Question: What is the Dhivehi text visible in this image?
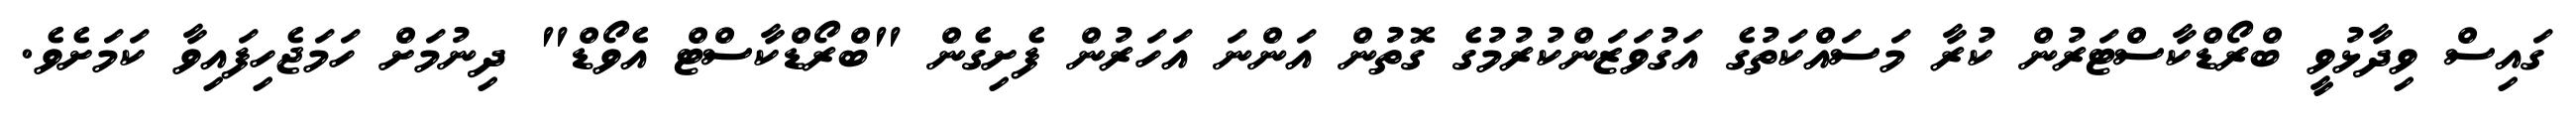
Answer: ގައިސް ވިދާޅުވީ ބްރޯޑްކާސްޓަރުން ކުރާ މަސައްކަތުގެ އަގުވަޒަންކުރުމުގެ ގޮތުން އަންނަ އަހަރުން ފެށިގެން "ބްރޯޑްކާސްޓް އެވޯޑް" ދިނުމަށް ހަމަޖެހިފައިވާ ކަމަށެވެ.